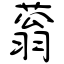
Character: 蓊